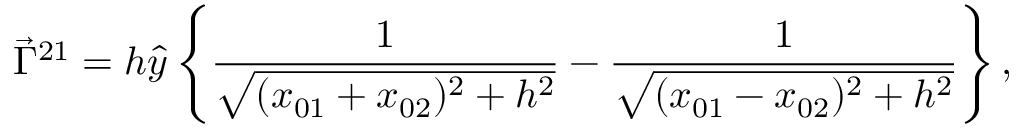
\vec { \Gamma } ^ { 2 1 } = h \hat { y } \left\{ \frac { 1 } { \sqrt { ( x _ { 0 1 } + x _ { 0 2 } ) ^ { 2 } + h ^ { 2 } } } - \frac { 1 } { \sqrt { ( x _ { 0 1 } - x _ { 0 2 } ) ^ { 2 } + h ^ { 2 } } } \right\} ,